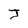
Character: J